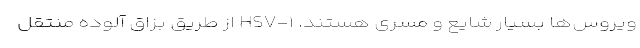
ویروس‌ها بسیار شایع و مسری هستند. HSV-۱ از طریق بزاق آلوده منتقل